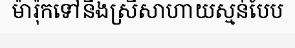
ម៉ារ៉ុកទៅនឹងស្រីសាហាយស្មន់បែប